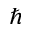
\hbar